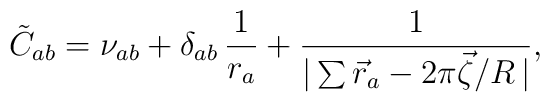
\tilde C_{ab}=\nu_{ab}+\delta_{ab}\,\frac{1}{r_a} +\frac{1}{|\sum \vec r_a-2\pi\vec\zeta/R\,|} ,